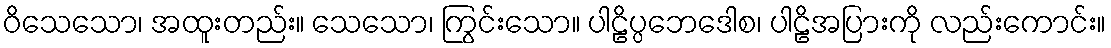
ဝိသေသော၊ အထူးတည်း။ သေသော၊ ကြွင်းသော။ ပါဠိပ္ပဘေဒေါစ၊ ပါဠိအပြားကို လည်းကောင်း။